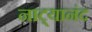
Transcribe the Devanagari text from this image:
नाट्यानंद